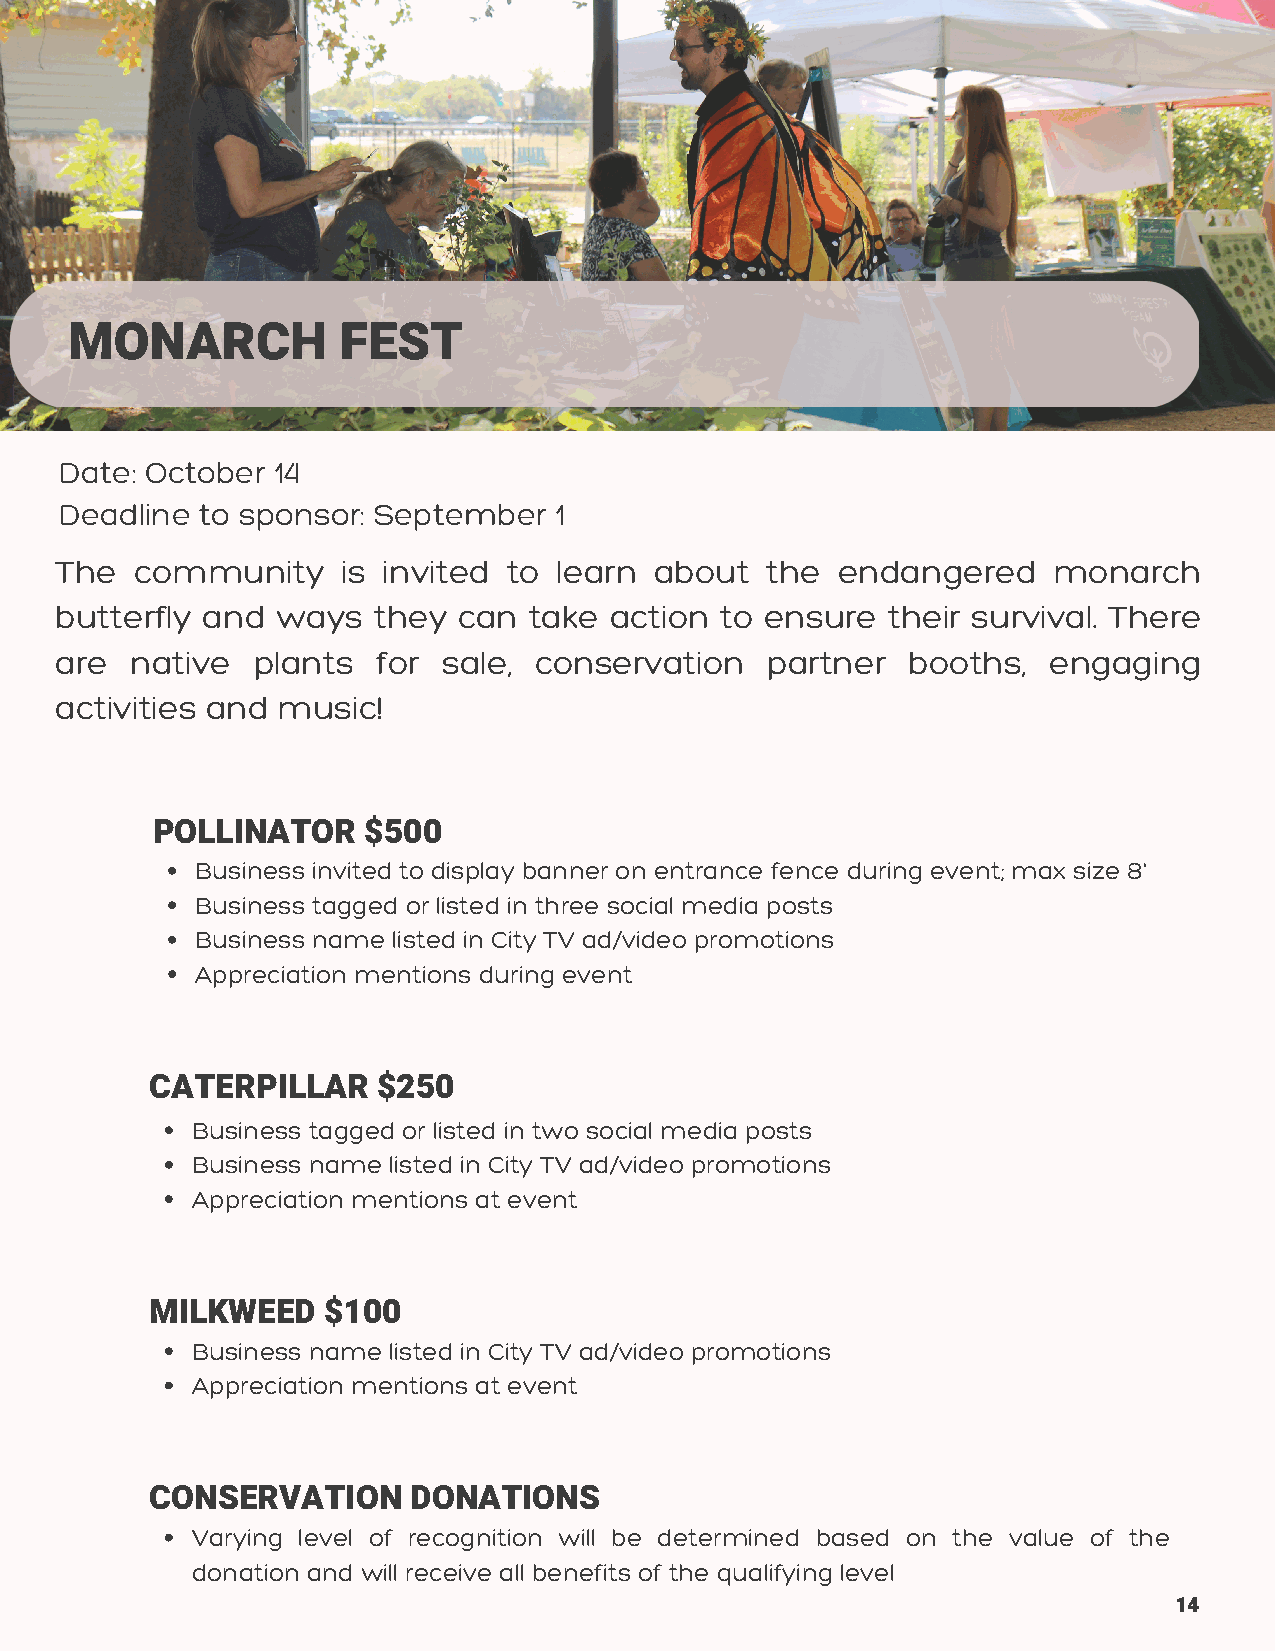
MONARCH          FEST
 Date: October 14
 Deadline to sponsor: September   1
 The  community     is invited to learn about   the endangered     monarch
 butterfly and ways   they can  take action  to ensure  their survival. There
 are  native  plants  for sale, conservation    partner  booths,  engaging
 activities and music!
 POLLINATOR    $500
 Business invited to display banner on entrance fence during event; max size 8'
 Business tagged or listed in three social media posts
 Business name listed in City TV ad/video promotions
 Appreciation mentions during event
 CATERPILLAR    $250
 Business tagged or listed in two social media posts
 Business name listed in City TV ad/video promotions
 Appreciation mentions at event
 MILKWEED   $100
 Business name listed in City TV ad/video promotions
 Appreciation mentions at event
 CONSERVATION     DONATIONS
 Varying level of recognition will be determined based on the value of the
 donation and will receive all benefits of the qualifying level
 14